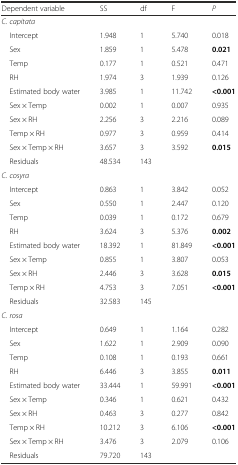
| Dependent variable | SS | df | F | P |
 | --- | --- | --- | --- | --- |
 | C. capitata |  |  |  |  |
 | Intercept | 1.948 | 1 | 5.740 | 0.018 |
 | Sex | 1.859 | 1 | 5.478 | 0.021 |
 | Temp | 0.177 | 1 | 0.521 | 0.471 |
 | RH | 1.974 | 3 | 1.939 | 0.126 |
 | Estimated body water | 3.985 | 1 | 11.742 | <0.001 |
 | Sex × Temp | 0.002 | 1 | 0.007 | 0.935 |
 | Sex × RH | 2.256 | 3 | 2.216 | 0.089 |
 | Temp × RH | 0.977 | 3 | 0.959 | 0.414 |
 | Sex × Temp × RH | 3.657 | 3 | 3.592 | 0.015 |
 | Residuals | 48.534 | 143 |  |  |
 | C. cosyra |  |  |  |  |
 | Intercept | 0.863 | 1 | 3.842 | 0.052 |
 | Sex | 0.550 | 1 | 2.447 | 0.120 |
 | Temp | 0.039 | 1 | 0.172 | 0.679 |
 | RH | 3.624 | 3 | 5.376 | 0.002 |
 | Estimated body water | 18.392 | 1 | 81.849 | <0.001 |
 | Sex × Temp | 0.855 | 1 | 3.807 | 0.053 |
 | Sex × RH | 2.446 | 3 | 3.628 | 0.015 |
 | Temp × RH | 4.753 | 3 | 7.051 | <0.001 |
 | Residuals | 32.583 | 145 |  |  |
 | C. rosa |  |  |  |  |
 | Intercept | 0.649 | 1 | 1.164 | 0.282 |
 | Sex | 1.622 | 1 | 2.909 | 0.090 |
 | Temp | 0.108 | 1 | 0.193 | 0.661 |
 | RH | 6.446 | 3 | 3.855 | 0.011 |
 | Estimated body water | 33.444 | 1 | 59.991 | <0.001 |
 | Sex × Temp | 0.346 | 1 | 0.621 | 0.432 |
 | Sex × RH | 0.463 | 3 | 0.277 | 0.842 |
 | Temp × RH | 10.212 | 3 | 6.106 | <0.001 |
 | Sex × Temp × RH | 3.476 | 3 | 2.079 | 0.106 |
 | Residuals | 79.720 | 143 |  |  |